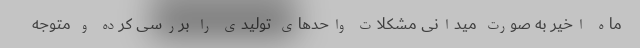
ماه اخیر به صورت میدانی مشکلات واحدهای تولیدی را بررسی کرده و متوجه